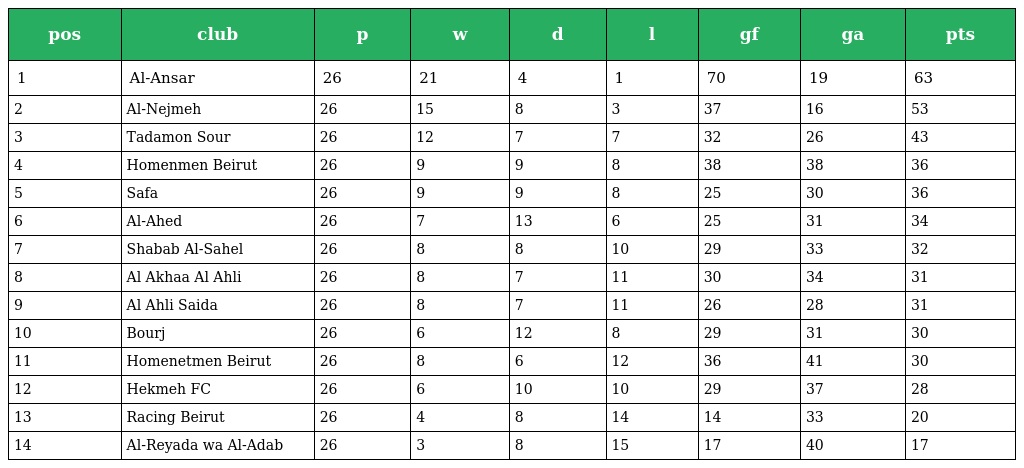
| pos | club | p | w | d | l | gf | ga | pts |
 | --- | --- | --- | --- | --- | --- | --- | --- | --- |
 | 1 | Al-Ansar | 26 | 21 | 4 | 1 | 70 | 19 | 63 |
 | 2 | Al-Nejmeh | 26 | 15 | 8 | 3 | 37 | 16 | 53 |
 | 3 | Tadamon Sour | 26 | 12 | 7 | 7 | 32 | 26 | 43 |
 | 4 | Homenmen Beirut | 26 | 9 | 9 | 8 | 38 | 38 | 36 |
 | 5 | Safa | 26 | 9 | 9 | 8 | 25 | 30 | 36 |
 | 6 | Al-Ahed | 26 | 7 | 13 | 6 | 25 | 31 | 34 |
 | 7 | Shabab Al-Sahel | 26 | 8 | 8 | 10 | 29 | 33 | 32 |
 | 8 | Al Akhaa Al Ahli | 26 | 8 | 7 | 11 | 30 | 34 | 31 |
 | 9 | Al Ahli Saida | 26 | 8 | 7 | 11 | 26 | 28 | 31 |
 | 10 | Bourj | 26 | 6 | 12 | 8 | 29 | 31 | 30 |
 | 11 | Homenetmen Beirut | 26 | 8 | 6 | 12 | 36 | 41 | 30 |
 | 12 | Hekmeh FC | 26 | 6 | 10 | 10 | 29 | 37 | 28 |
 | 13 | Racing Beirut | 26 | 4 | 8 | 14 | 14 | 33 | 20 |
 | 14 | Al-Reyada wa Al-Adab | 26 | 3 | 8 | 15 | 17 | 40 | 17 |